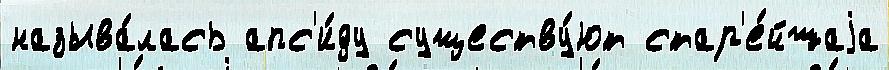
называ́лась апс'и́ду существу́ют стар'е́йшаjа